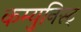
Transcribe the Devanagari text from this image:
कम्युनिस्ट्